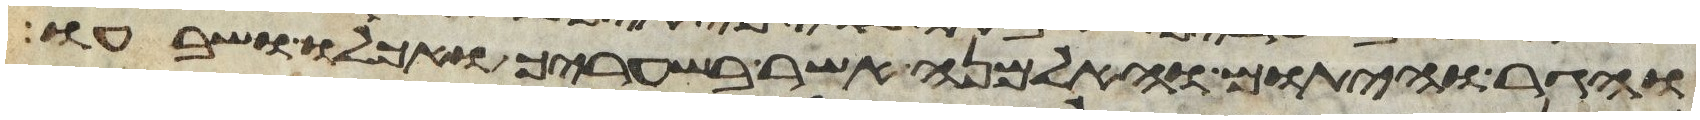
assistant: והגר והיתום והאלמנה אשר בשעריך ואכלו ושבעו